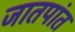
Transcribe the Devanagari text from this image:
जातपांत